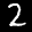
Label: 2